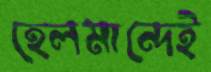
হেলমান্দেই